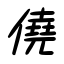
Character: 僥